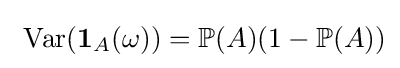
\ \operatorname {Var} (\mathbf {1} _{A}(\omega ))=\operatorname {\mathbb {P} } (A)(1-\operatorname {\mathbb {P} } (A))